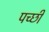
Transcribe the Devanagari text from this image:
पच्‍छी